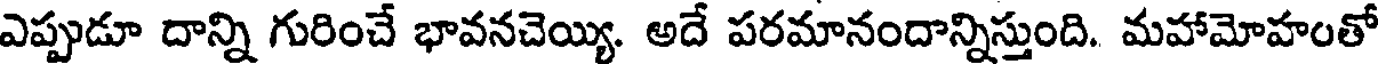
ఎప్పుడూ దాన్ని గురించే భావనచెయ్యి. అదే పరమానందాన్నిస్తుంది. మహామోహంతో